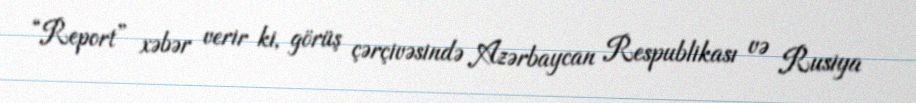
“Report” xəbər verir ki, görüş çərçivəsində Azərbaycan Respublikası və Rusiya